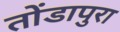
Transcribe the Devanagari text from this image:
तोंडापुरा